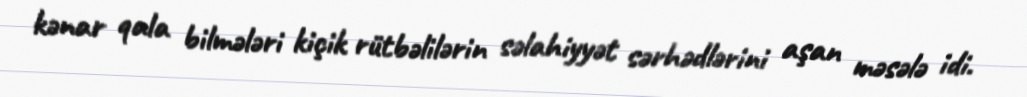
kənar qala bilmələri kiçik rütbəlilərin səlahiyyət sərhədlərini aşan məsələ idi.